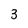
Character: 3